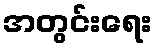
အတွင်းရေး